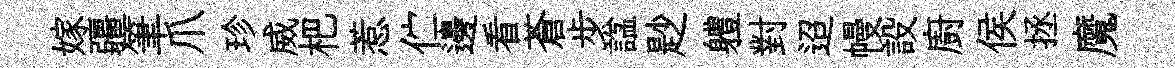
嫁疆筆爪珍威杷惹伫邊看蒼步諡尟軆對迢幔設廚侯拯魔